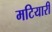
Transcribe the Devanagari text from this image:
मटियारी